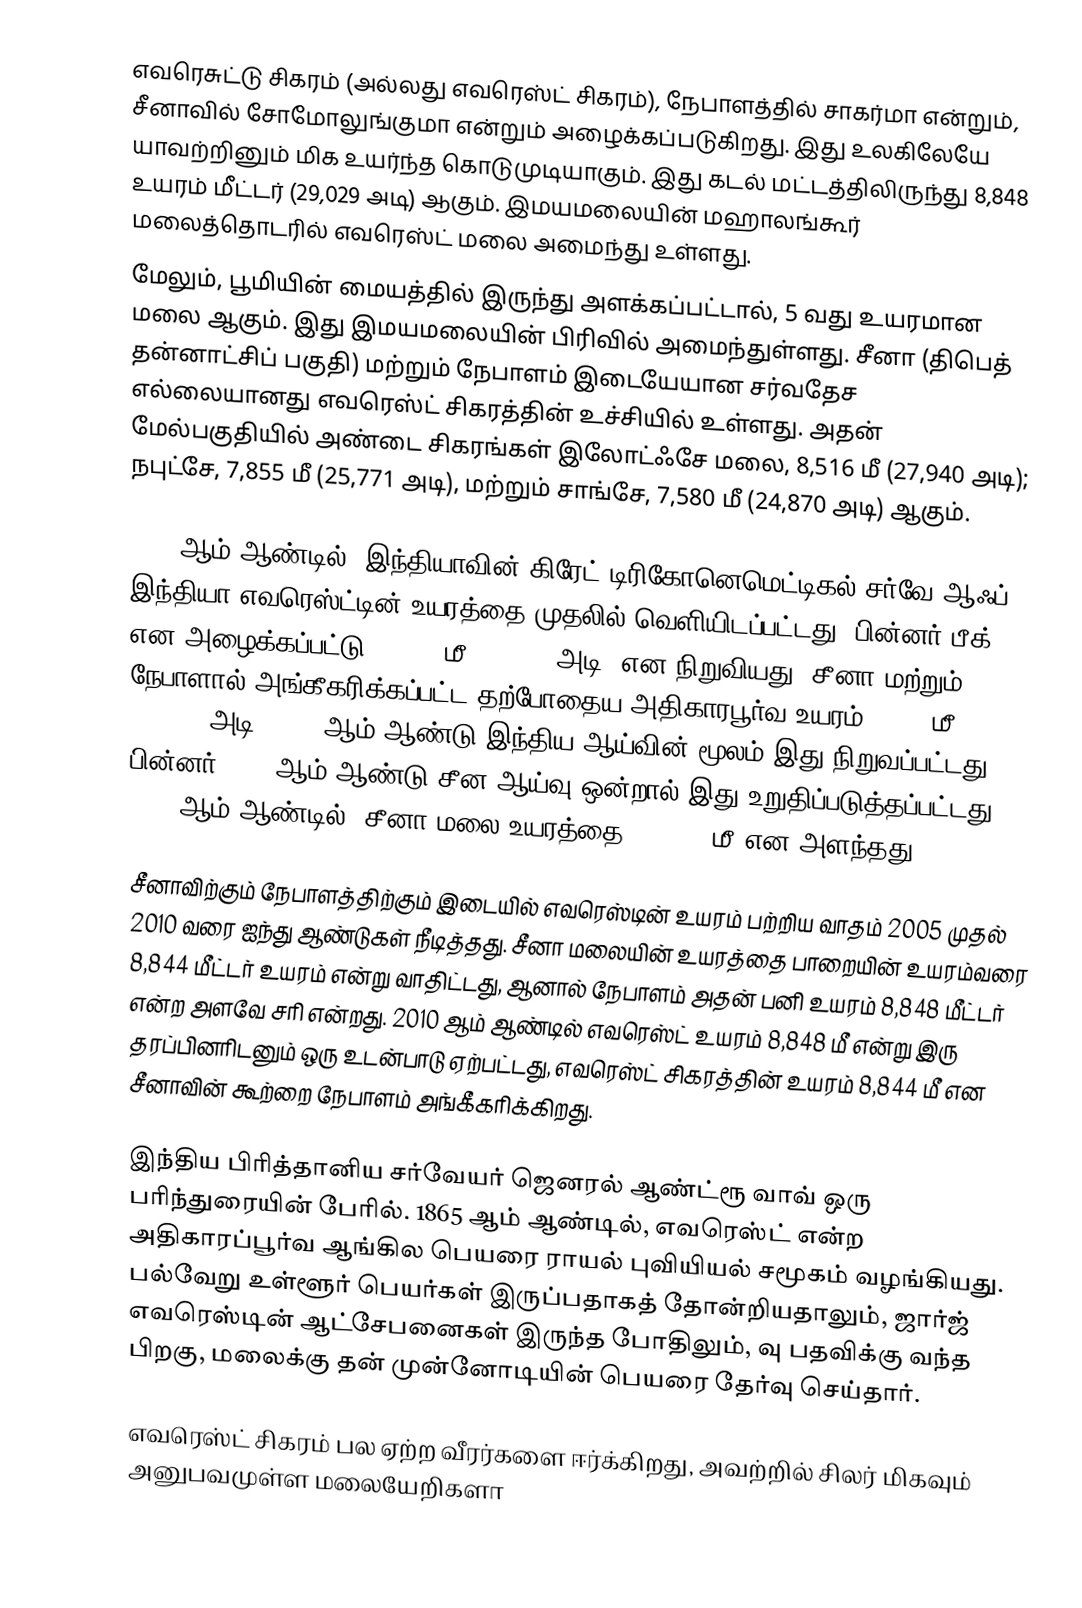
எவரெசுட்டு சிகரம் (அல்லது எவரெஸ்ட் சிகரம்), நேபாளத்தில் சாகர்மா என்றும், சீனாவில் சோமோலுங்குமா என்றும் அழைக்கப்படுகிறது. இது உலகிலேயே யாவற்றினும் மிக உயர்ந்த கொடுமுடியாகும். இது கடல் மட்டத்திலிருந்து 8,848 உயரம் மீட்டர் (29,029 அடி) ஆகும். இமயமலையின் மஹாலங்கூர் மலைத்தொடரில் எவரெஸ்ட் மலை அமைந்து உள்ளது.
மேலும், பூமியின் மையத்தில் இருந்து அளக்கப்பட்டால், 5 வது உயரமான மலை ஆகும். இது இமயமலையின்  பிரிவில் அமைந்துள்ளது. சீனா (திபெத் தன்னாட்சிப் பகுதி) மற்றும் நேபாளம் இடையேயான சர்வதேச எல்லையானது எவரெஸ்ட் சிகரத்தின் உச்சியில் உள்ளது. அதன் மேல்பகுதியில் அண்டை சிகரங்கள் இலோட்ஃசே மலை, 8,516 மீ (27,940 அடி); நபுட்சே, 7,855 மீ (25,771 அடி), மற்றும் சாங்சே, 7,580 மீ (24,870 அடி) ஆகும்.

1856 ஆம் ஆண்டில், இந்தியாவின் கிரேட் டிரிகோனெமெட்டிகல் சர்வே ஆஃப் இந்தியா எவரெஸ்ட்டின் உயரத்தை  முதலில் வெளியிடப்பட்டது. பின்னர் பீக் XV என அழைக்கப்பட்டு,   8,840 மீ (29,002 அடி) என நிறுவியது. சீனா மற்றும் நேபாளால் அங்கீகரிக்கப்பட்ட தற்போதைய அதிகாரபூர்வ உயரம் 8,848 மீ (29,029 அடி) 1955 ஆம் ஆண்டு இந்திய ஆய்வின் மூலம் இது நிறுவப்பட்டது, பின்னர் 1975 ஆம் ஆண்டு சீன ஆய்வு ஒன்றால் இது உறுதிப்படுத்தப்பட்டது. 2005 ஆம் ஆண்டில், சீனா மலை உயரத்தை 8844.43 மீ என அளந்தது.

சீனாவிற்கும் நேபாளத்திற்கும் இடையில் எவரெஸ்டின் உயரம் பற்றிய வாதம் 2005 முதல் 2010 வரை ஐந்து ஆண்டுகள் நீடித்தது. சீனா மலையின் உயரத்தை பாறையின் உயரம்வரை 8,844 மீட்டர் உயரம் என்று வாதிட்டது,   ஆனால் நேபாளம் அதன் பனி உயரம் 8,848 மீட்டர் என்ற அளவே சரி என்றது. 2010 ஆம் ஆண்டில் எவரெஸ்ட் உயரம் 8,848 மீ என்று இரு தரப்பினரிடனும் ஒரு உடன்பாடு ஏற்பட்டது, எவரெஸ்ட் சிகரத்தின் உயரம் 8,844 மீ என சீனாவின் கூற்றை நேபாளம் அங்கீகரிக்கிறது.

இந்திய பிரித்தானிய சர்வேயர் ஜெனரல் ஆண்ட்ரூ வாவ் ஒரு பரிந்துரையின் பேரில். 1865 ஆம் ஆண்டில், எவரெஸ்ட் என்ற அதிகாரப்பூர்வ ஆங்கில பெயரை ராயல் புவியியல் சமூகம் வழங்கியது. பல்வேறு உள்ளூர் பெயர்கள் இருப்பதாகத் தோன்றியதாலும், ஜார்ஜ் எவரெஸ்டின் ஆட்சேபனைகள் இருந்த போதிலும், வு பதவிக்கு வந்த பிறகு, மலைக்கு தன் முன்னோடியின் பெயரை தேர்வு செய்தார்.

எவரெஸ்ட் சிகரம் பல ஏற்ற வீரர்களை ஈர்க்கிறது, அவற்றில் சிலர் மிகவும் அனுபவமுள்ள மலையேறிகளா